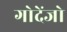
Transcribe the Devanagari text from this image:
गोदेंजो